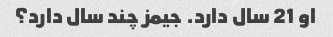
او 21 سال دارد. جیمز چند سال دارد؟